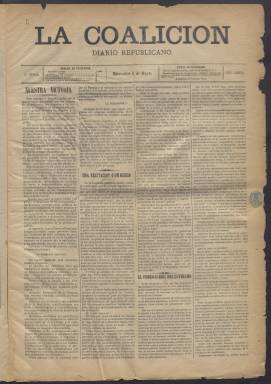
Título: La Coalición (Madrid)
Colección: Periódicos
Ámbito geográfico: Madrid
Lugar de publicación: Madrid
Fechas: 05/05/1886-07/06/1886